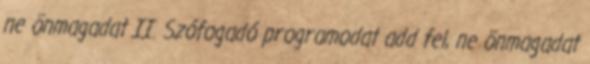
ne önmagadat II. Szófogadó programodat add fel, ne önmagadat